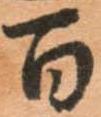
百